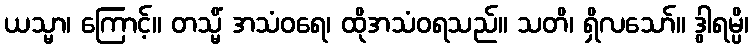
ယသ္မာ၊ ကြောင့်။ တသ္မိံ အသံဝရေ၊ ထိုအသံဝရသည်။ သတိ၊ ရှိလသော်။ ဒွါရမ္ပိ၊